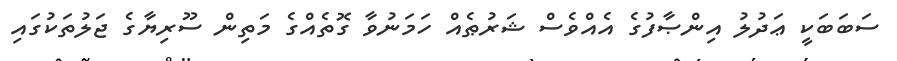
ސަބަބަކީ ޢަދުލު އިންޞާފުގެ އެއްވެސް ޝަރުޠެއް ހަމަނުވާ ގޮތެއްގެ މަތިން ސޫރިޔާގެ ޖަލުތަކުގައި